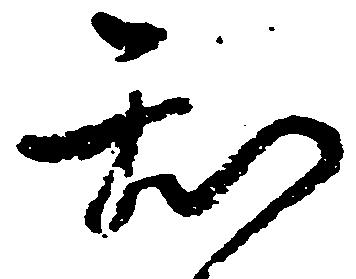
知